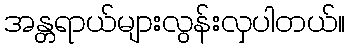
အန္တရာယ်များလွန်းလှပါတယ်။